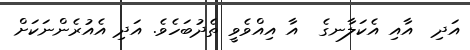
އަދި  އާއި އެކަލާނގެ  އާ އިއްވެވީ ތެދުބަހެވެ. އަދި އެއުރެންނަކަށް